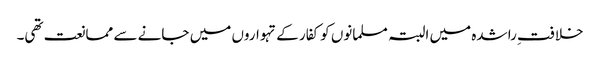
خلافتِ راشدہ میں البتہ مسلمانوں کو کفار کے تہواروں میں جانے سے ممانعت تھی۔